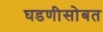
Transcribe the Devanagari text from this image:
घडणीसोबत